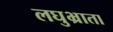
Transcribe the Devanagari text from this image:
लघुभ्राता